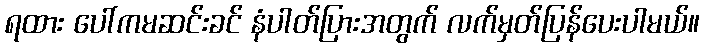
ရထား ပေါ်ကမဆင်းခင် နံပါတ်ပြားအတွက် လက်မှတ်ပြန်ပေးပါမယ်။